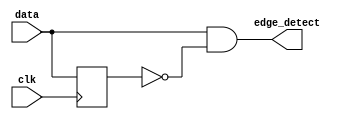
`timescale 1ns / 1ps
//////////////////////////////////////////////////////////////////////////////////
// Company: 
// Engineer: 
// 
// Design Name: 
// Module Name: EDGE_DETECTOR
// Project Name: 
// Target Devices: 
// Tool Versions: 
// Description: 
// 
// Dependencies: 
// 
// Revision:
// Revision 0.01 - File Created
// Additional Comments:
// 
//////////////////////////////////////////////////////////////////////////////////


module EDGE_DETECTOR(
    input data,
    input clk,
    output edge_detect
    );
    reg data_d;
    always@(posedge clk)
    begin
    data_d <= data;
    end
    assign edge_detect= data & ~data_d;
endmodule

module testbench;
reg data,clk;
wire edge_detect;
    EDGE_DETECTOR dut(data,clk,edge_detect);
    initial
    begin
    $monitor("data=%b clk=%b edge_detect=%b",data,clk,edge_detect);
    end
     always
      begin
      #50   clk = ~clk;
      
    
          
        end
    endmodule